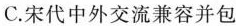
C.宋代中外交流兼容并包